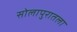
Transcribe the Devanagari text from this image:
सोलापुरातला